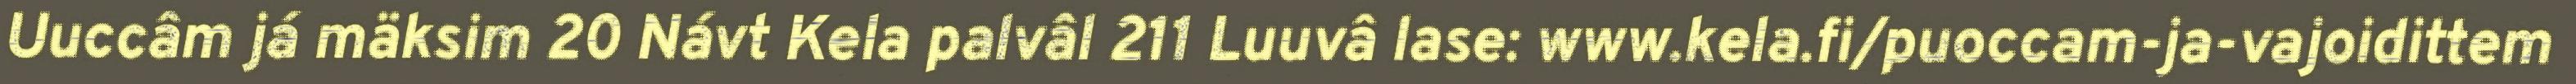
Uuccâm já mäksim 20 Návt Kela palvâl 211 Luuvâ lase: www.kela.fi/puoccam-ja-vajoidittem